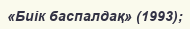
«Биік баспалдақ» (1993);